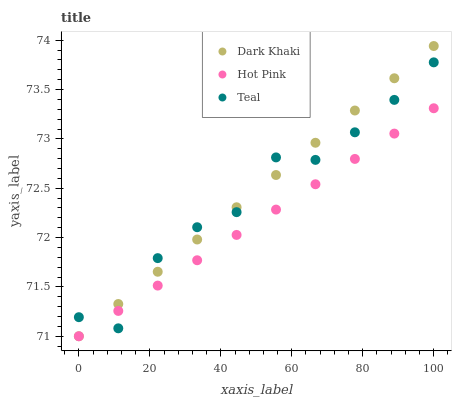
| xaxis_label | Dark Khaki | Hot Pink | Teal |
 | --- | --- | --- | --- |
 | 0 | 71 | 71 | 71.2 |
 | 11.1 | 71.3 | 71.3 | 71.1 |
 | 22.2 | 71.7 | 71.5 | 71.8 |
 | 33.3 | 72 | 71.8 | 72.1 |
 | 44.4 | 72.3 | 72 | 72.3 |
 | 55.6 | 72.6 | 72.3 | 72.8 |
 | 66.7 | 73 | 72.5 | 72.8 |
 | 77.8 | 73.3 | 72.8 | 73.1 |
 | 88.9 | 73.6 | 73.1 | 73.4 |
 | 100 | 73.9 | 73.3 | 73.8 |